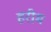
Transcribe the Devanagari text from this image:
हरीम